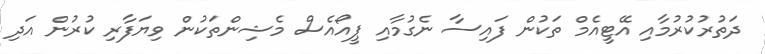
ދަތުރުކުރުމާއި އޭޓީއެމް ތަކުން ފައިސާ ނެގުމާއި ޕީއޯއެސް މެޝިންތަކުން ވިޔަފާރި ކުރުން އަދި